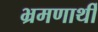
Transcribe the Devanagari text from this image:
भ्रमणार्थी